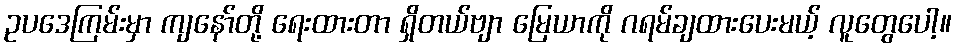
ဥပဒေကြမ်းမှာ ကျနော်တို့ ရေးထားတာ ရှိတယ်ဗျာ မြေယာကို ဂရမ်ချထားပေးမယ့် လူတွေပေါ့။